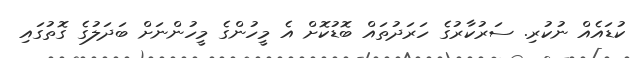
ކުޑައެއް ނުކުރި. ސަރުކާރުގެ ހަރަދުތައް ބޮޑުކޮށް އެ މީހުންގެ މީހުންނަށް ބަދަލުގެ ގޮތުގައި